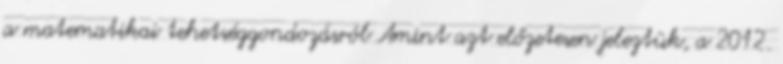
a matematikai tehetséggondozásról Amint azt előzetesen jeleztük, a 2012.